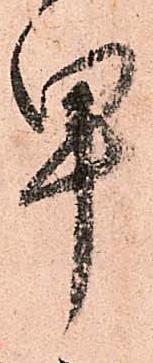
早